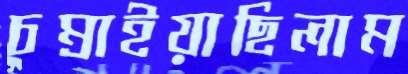
চুম্‌রাইয়াছিলাম